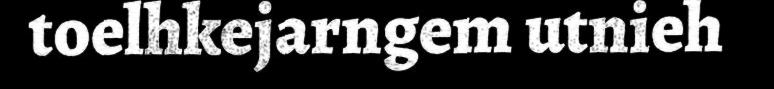
toelhkejarngem utnieh